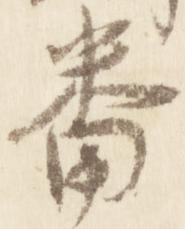
番